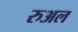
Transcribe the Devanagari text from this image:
रुअल